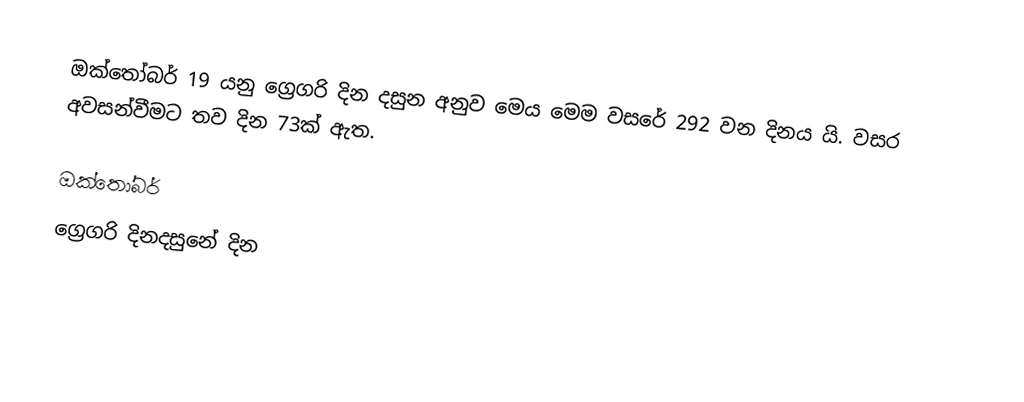
ඔක්තෝබර් 19 යනු ග්‍රෙගරි දින දසුන අනුව මෙය මෙම වසරේ 292 වන දිනය යි. වසර අවසන්වීමට තව දින 73ක් ඇත.

ඔක්තෝබර්
ග්‍රෙගරි දිනදසුනේ දින